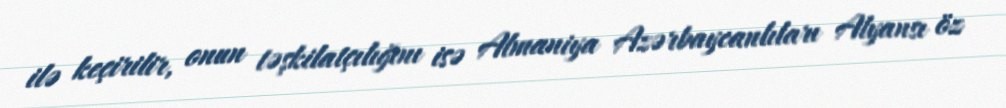
ilə keçirilir, onun təşkilatçılığını isə Almaniya Azərbaycanlıları Alyansı öz